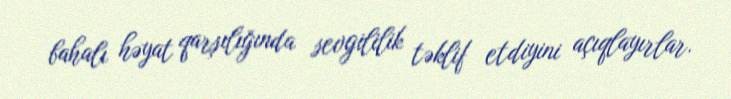
bahalı həyat qarşılığında sevgililik təklif etdiyini açıqlayırlar.